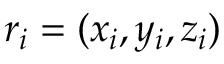
\boldsymbol { r } _ { i } = ( x _ { i } , y _ { i } , z _ { i } )